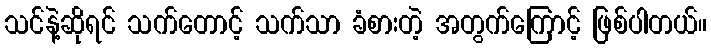
သင်နဲ့ဆိုရင် သက်တောင့် သက်သာ ခံစားတဲ့ အတွက်ကြောင့် ဖြစ်ပါတယ်။